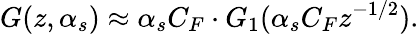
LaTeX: G(z,\alpha_{s})\approx\alpha_{s}C_{F}\cdot G_{1}(\alpha_{s}C_{F}z^{-1/2}).